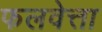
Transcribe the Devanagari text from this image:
फलवेत्ता